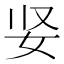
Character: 𫰐